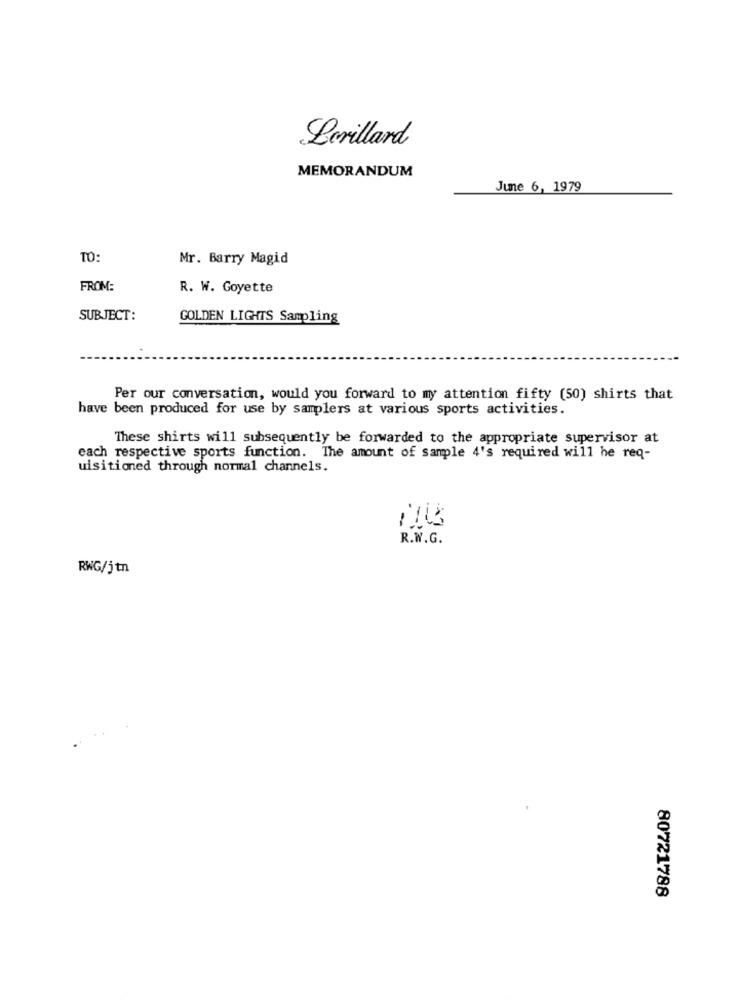
Lorillard
MEMORANDUM
June 6, 1979
TO:
Mr. Barry Magid
FROM:
R. W. Goyette
SUBJECT:
GOLDEN LIGHTS Sampling
Per our conversation, would you forward to my attention fifty (50) shirts that
have been produced for use by samplers at various sports activities.
These shirts will subsequently be forwarded to the appropriate supervisor at
each respective sports function. The amount of sample 4's required will he req-
uisitioned through normal channels.
-
R.W.G.
RWG/jtn
80721788